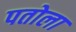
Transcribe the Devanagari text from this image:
पतोला